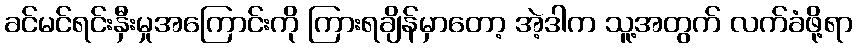
ခင်မင်ရင်းနှီးမှုအကြောင်းကို ကြားရချိန်မှာတော့ အဲ့ဒါက သူ့အတွက် လက်ခံဖို့ရာ